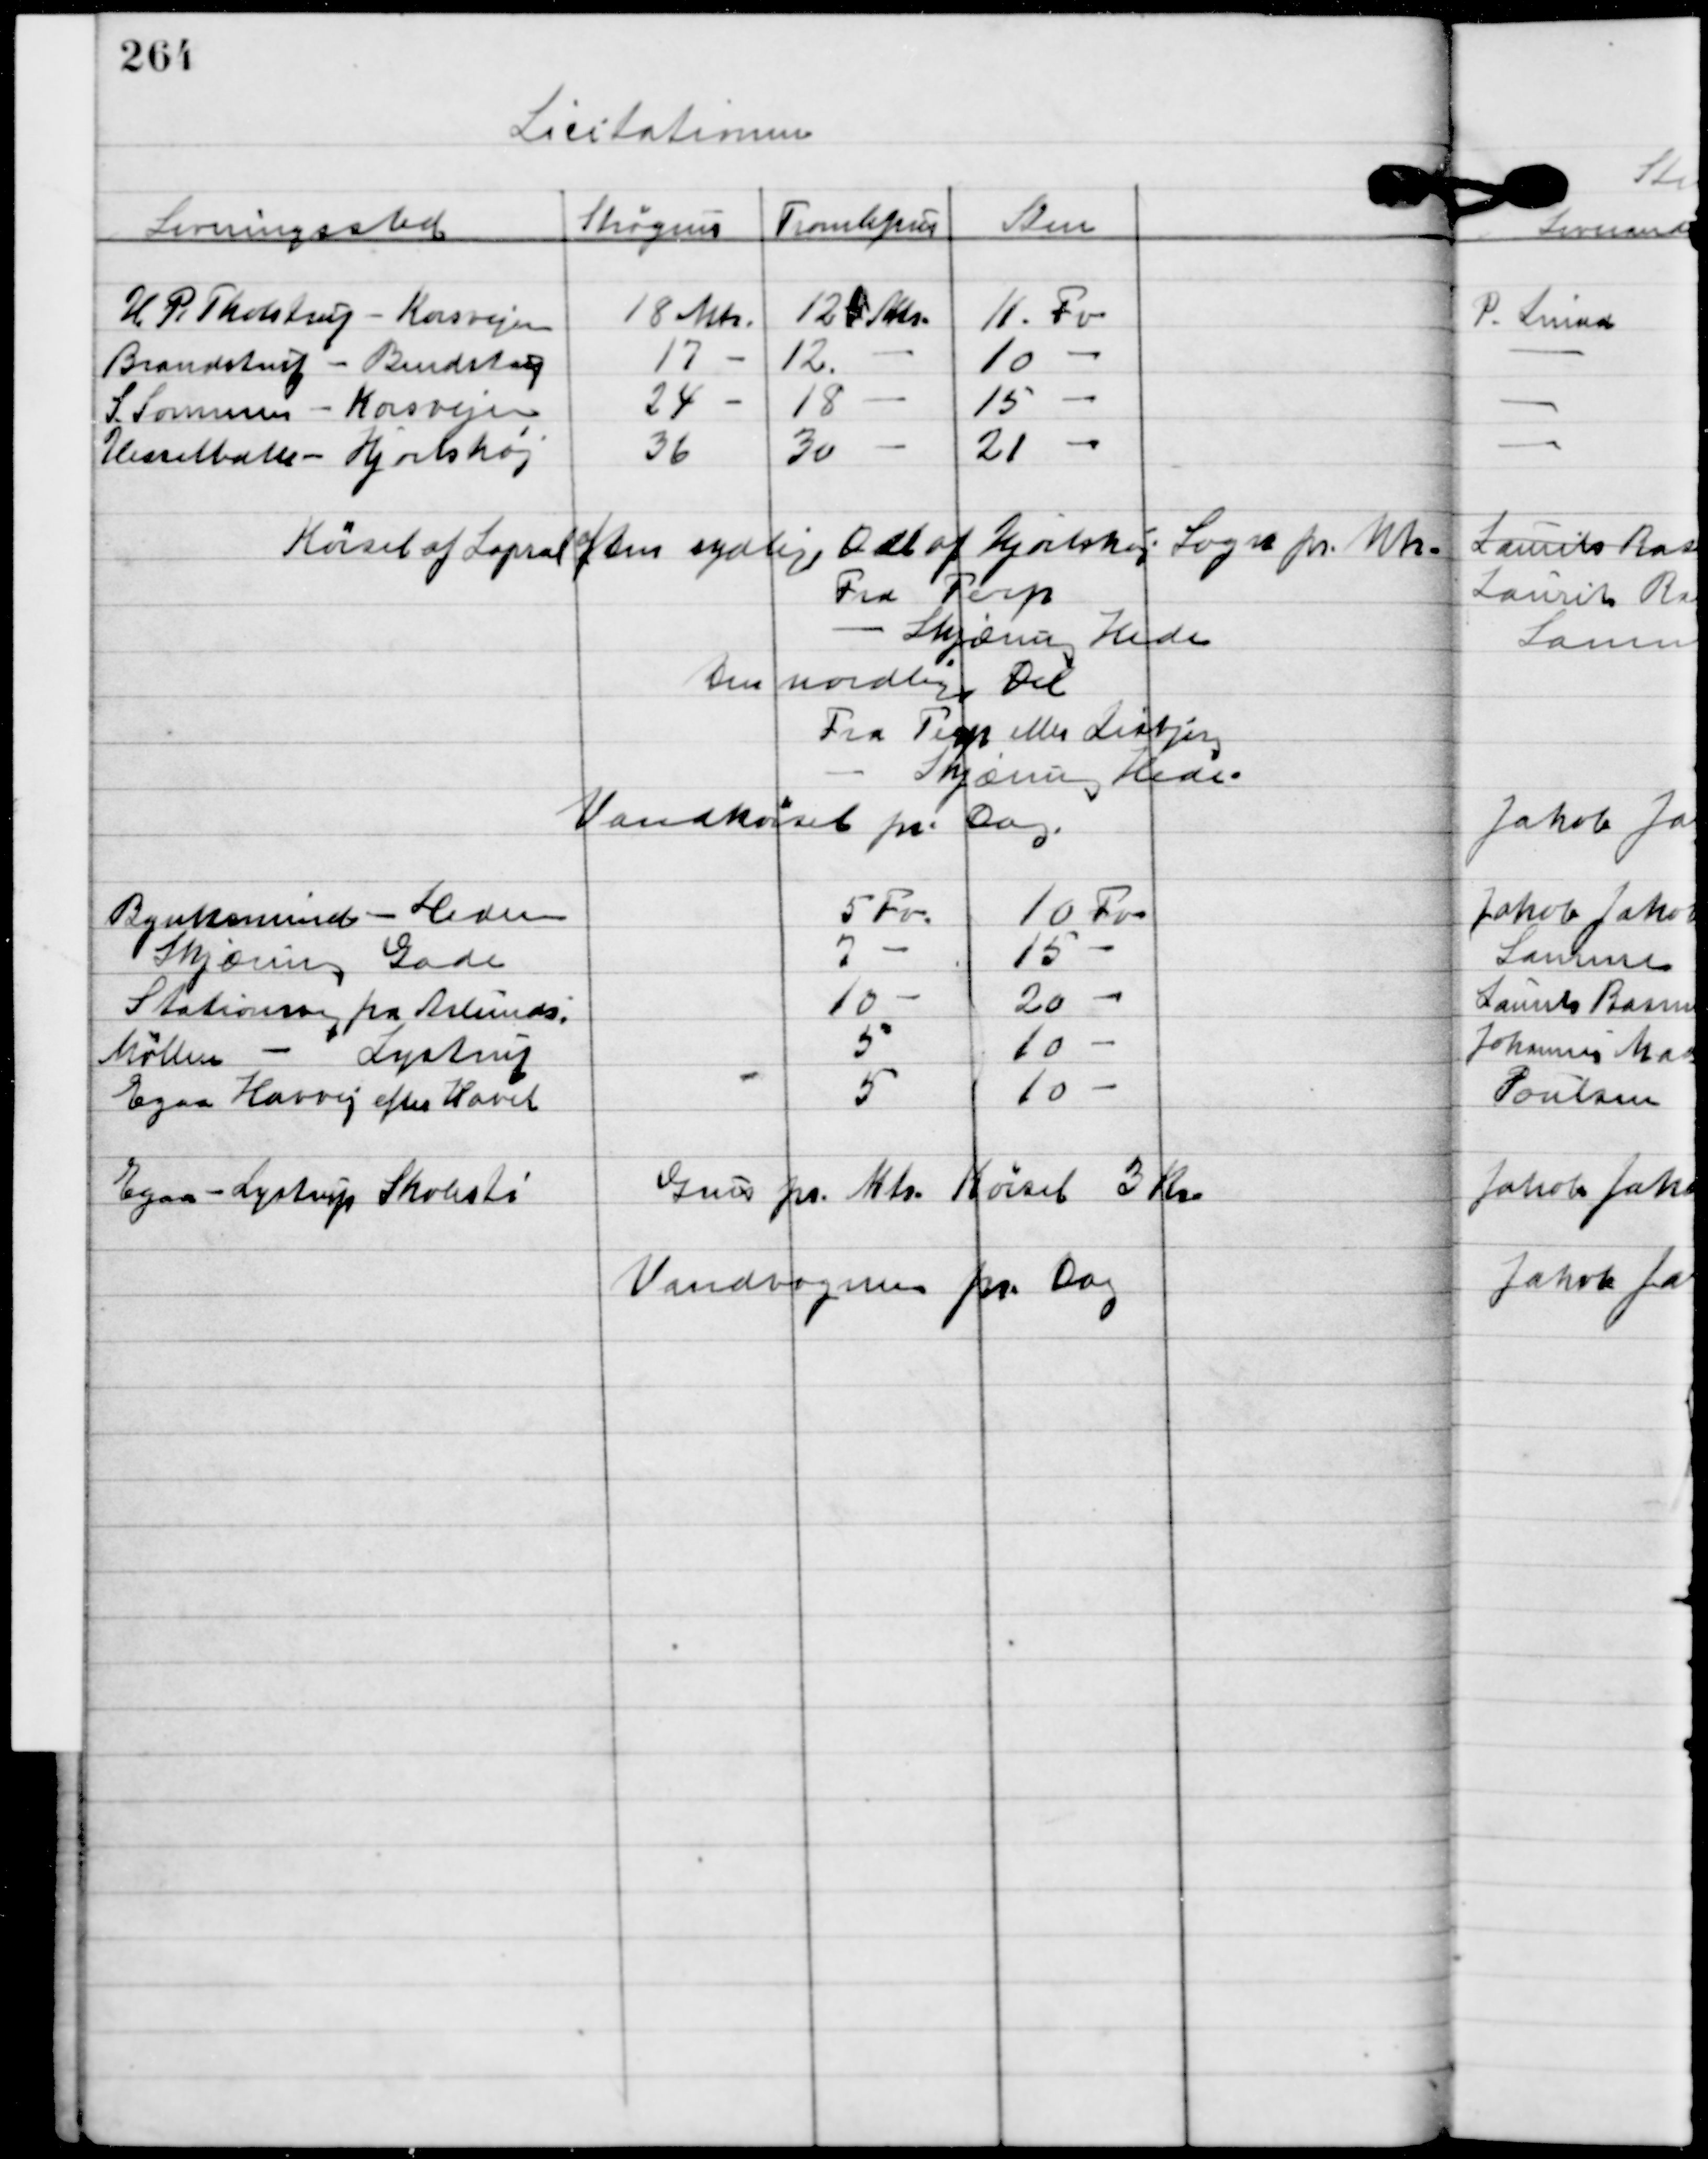
Transskription:
Licitationen

Egaa-Lystrup Skolesti 
Grus pr. Mts. Kørsel 3 Kr.
Vandvogne pr. Dag